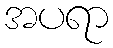
အပရာ